Riigikantselei, lk 305
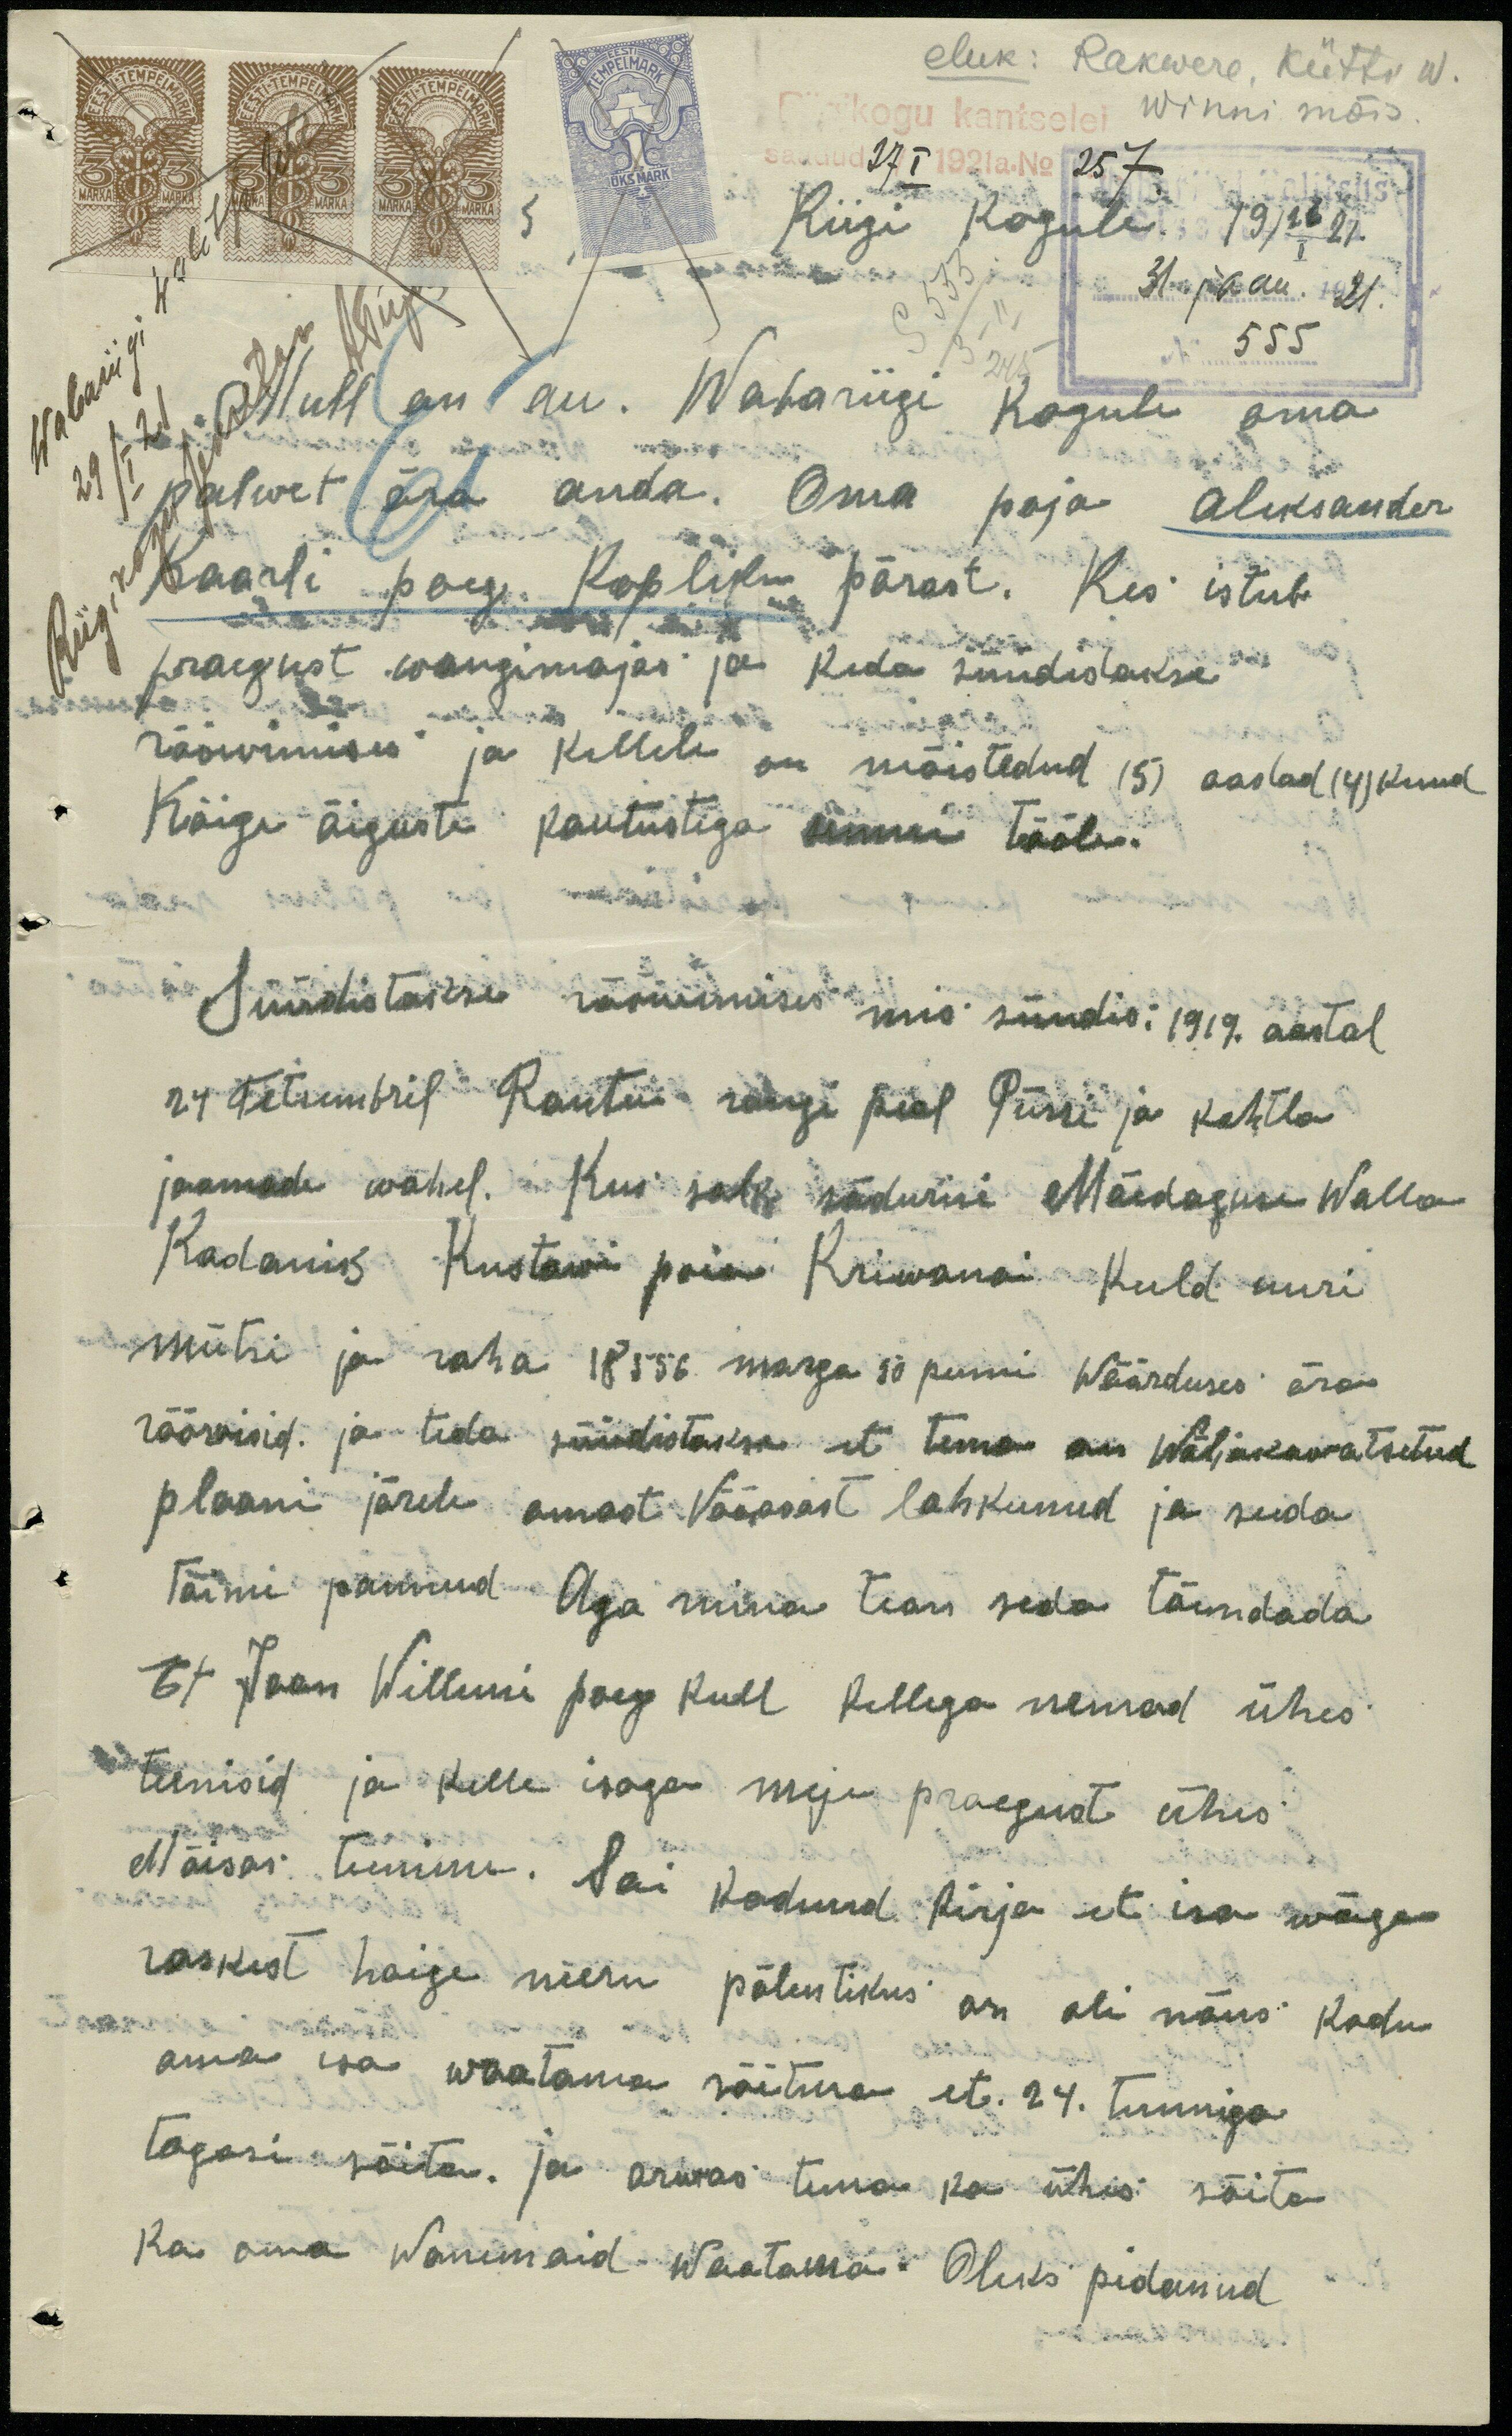
eluk: Rakwere, Kütti W.
Winni mõis.
27 I 1921 a. No 257
Riigi kogule. 19 /26/I 21.
31. jaan. 1921.
555
Mull on au. Wabariigi kogule oma
palwet ära anda. Oma poja Aleksander
Kaarli poeg. Kopliku pärast. Kes istub
praegust wangimajas ja keda süüdistakse
rööwimises ja kellele on mõistetud (5) aastad (4) kuud
Kõige õiguste kautustega sunni tööle.
Süüdistakse rööwimises mis sündis: 1919. aastal
24 Tetsembril Rautus rongi peal Püssi ja Kohtla
jaamade wahel. Kui salk sõdurisi Mäedaguse walla
Kodanik Kustawi poia Kriwana kuld uuri
mütsi ja raha 18556. marga 50 penni wäärduses ära
rööwisid ja teda süüdistakse et tema on wäljakawatsetud
plaani järele omast Vääosast lahkunud ja seda
toime pannud. Aga mina tean seda tõendada
Et Jaan Willemi poeg Kull kellega nemad ühes
teenisid ja kelle isaga meje praegust ühes
Mõisas teenime. Sai kodund kirja et isa wäga
raskest haige neeru põlentikus on oli nõus kodu
oma isa waatama sõitma, et. 24. tunniga
tagasi sõita. ja arwas tema ka ühes sõita
Ka oma Wanemaid Waatama. Oleks pidanud